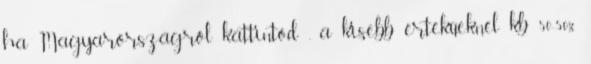
ha Magyarországról kattintod , a kisebb értékűeknél kb 50-50%